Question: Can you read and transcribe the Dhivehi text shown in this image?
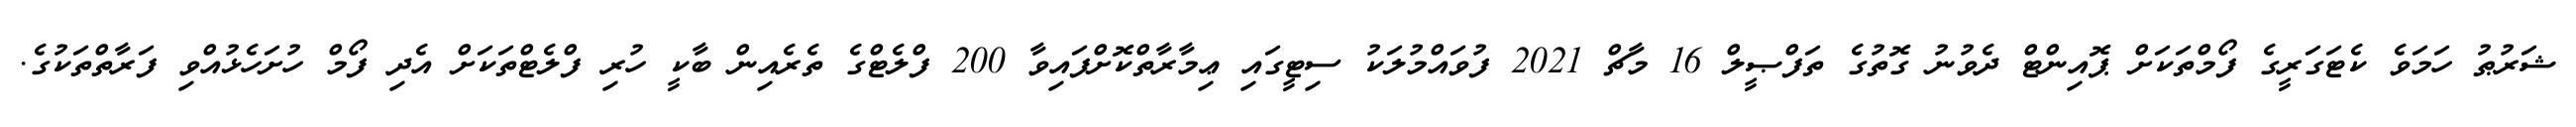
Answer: ޝަރުޠު ހަމަވެ ކެޓަގަރީގެ ފޯމްތަކަށް ޕޮއިންޓް ދެވުނު ގޮތުގެ ތަފްޞީލް 16 މާޗް 2021 ފުވައްމުލަކު ސިޓީގައި ޢިމާރާތްކޮށްފައިވާ 200 ފްލެޓްގެ ތެރެއިން ބާކީ ހުރި ފްލެޓްތަކަށް އެދި ފޯމް ހުށަހެޅުއްވި ފަރާތްތަކުގެ.